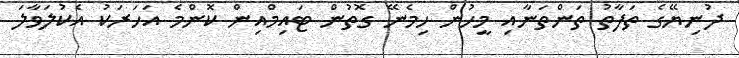
ދުނިޔޭގެ ތަފާތު ތަންތަނާއި މީހުން ހިމެނޭ ގޮތުން ޓައިމްއިން ކޮންމެ އަހަރަކު އެކުލަވާލަ